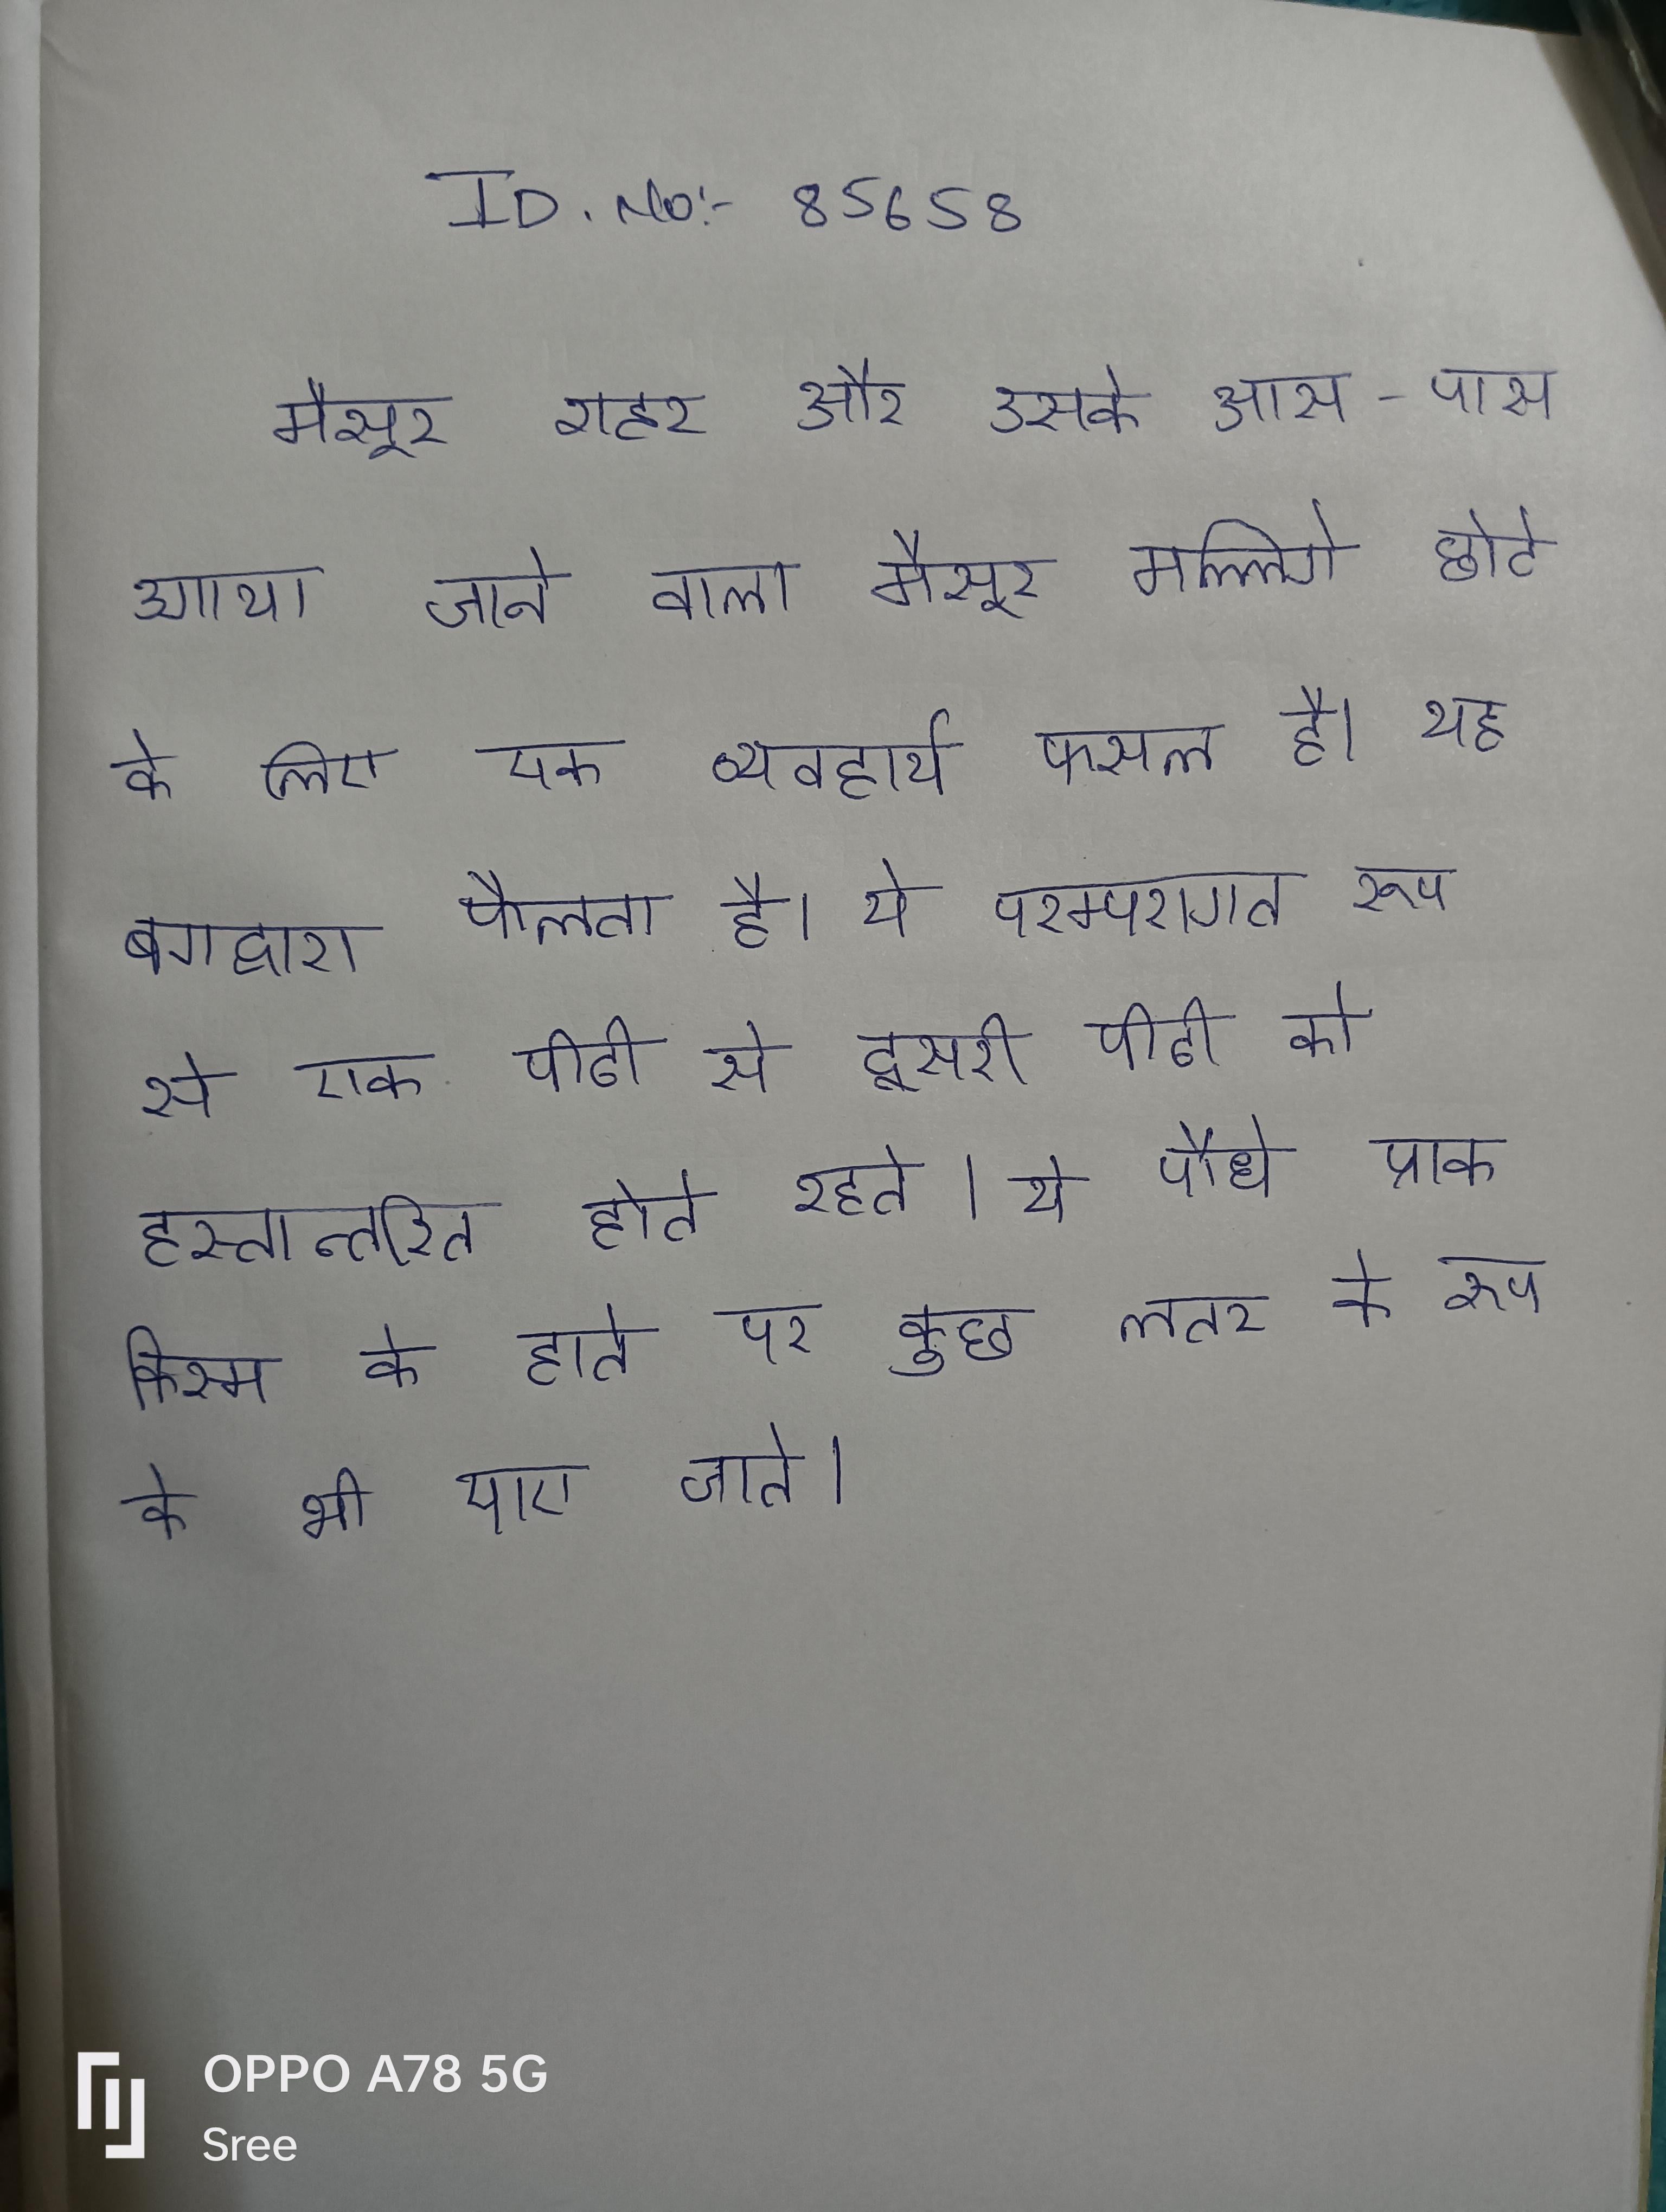
मैसूर शहर और उसके आस-पास उगाया जाने वाला मैसूर मल्लिगे छोटे के लिए एक व्यवहार्य फसल है । यह बगद्वारा फैलता है । ये परम्परागत रूप से एक पीढी से दूसरी पीढी को हस्तान्तरित होते रहते । ये पौधे प्राक किस्म के हाते पर कुछ लतर के रूप के भी पाए जाते ।